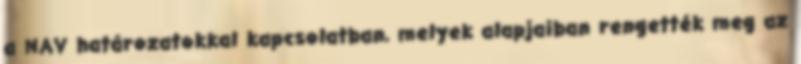
a NAV határozatokkal kapcsolatban, melyek alapjaiban rengették meg az